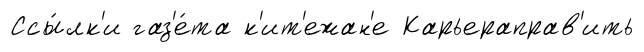
Ссы́лк'и газ'е́та к'ит'ежан'е Карьераправ'ить